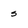
Character: s